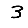
Digit: 3